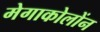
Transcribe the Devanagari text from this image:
मेगाकोलोंन